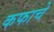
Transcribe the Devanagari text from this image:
कफाचे